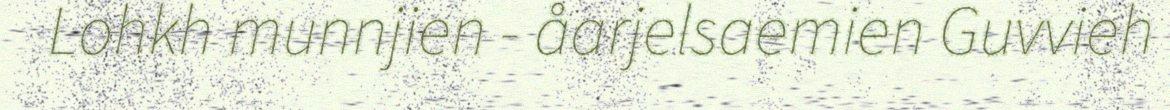
Lohkh munnjien - åarjelsaemien Guvvieh